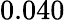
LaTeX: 0.040